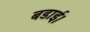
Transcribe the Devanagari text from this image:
बडाई।